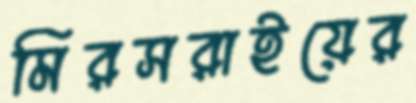
মিরসরাইয়ের